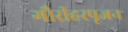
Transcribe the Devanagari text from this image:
गौरीहरपूजन